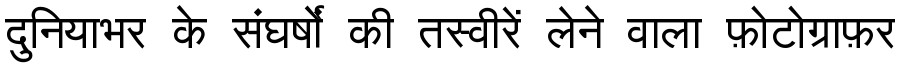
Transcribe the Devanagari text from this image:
दुनियाभर के संघर्षों की तस्वीरें लेने वाला फ़ोटोग्राफ़र